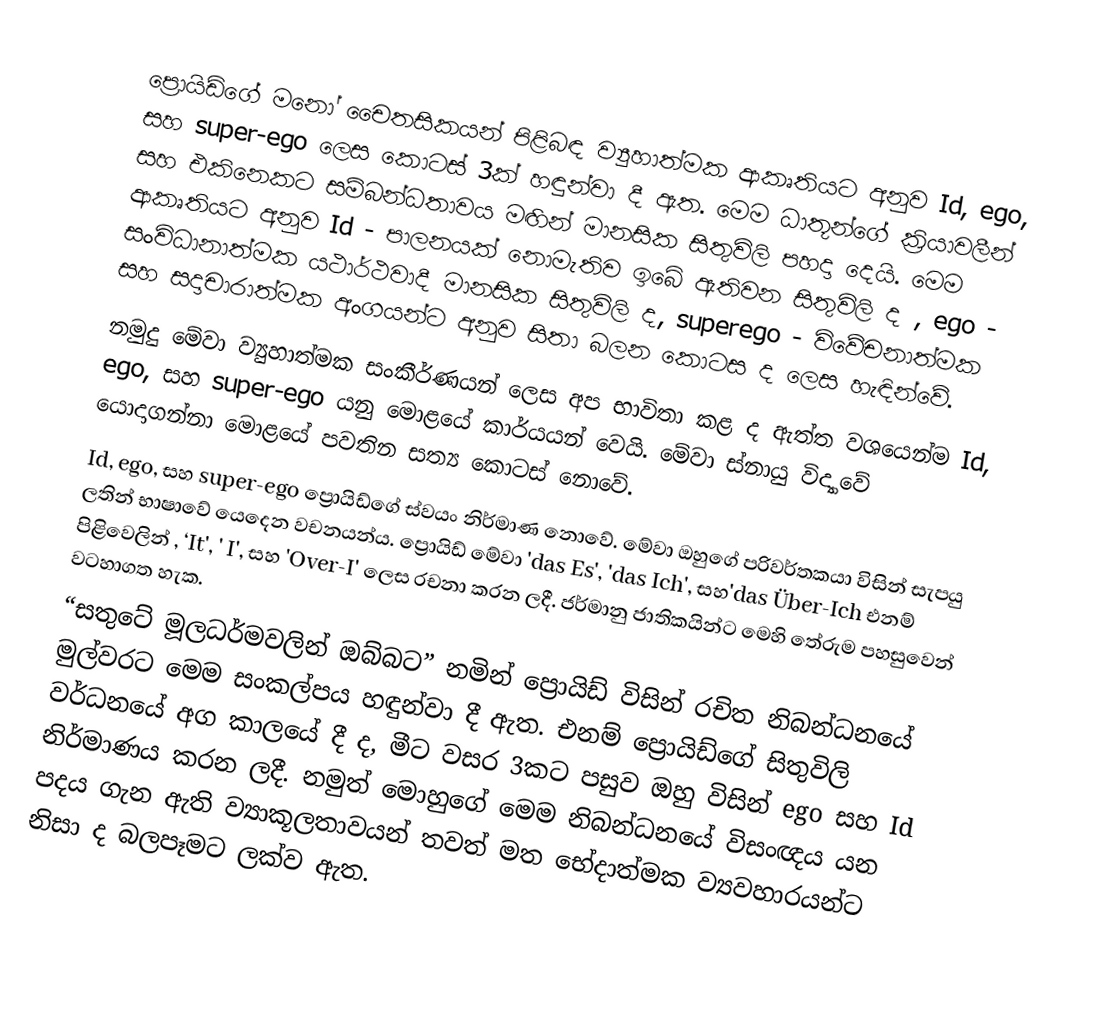
ප්‍රොයිඩ්ගේ මනෝ චෛතසිකයන් පිළිබඳ ව්‍යුහාත්මක ආකෘතියට අනුව Id, ego, සහ super-ego ලෙස කොටස් 3ක් හඳුන්වා දී ඇත. මෙම ධාතූන්ගේ ක්‍රියාවලීන් සහ එකිනෙකට සම්බන්ධතාවය මඟින් මානසික සිතුවිලි පහදා දෙයි. මෙම ආකෘතියට අනුව Id - පාලනයක් නොමැතිව ඉබේ ඇතිවන සිතුවිලි ද , ego - සංවිධානාත්මක යථාර්ථවාදී මානසික සිතුවිලි ද, superego - විවේචනාත්මක  සහ සදාචාරාත්මක අංගයන්ට අනුව සිතා බලන කොටස ද ලෙස හැඳින්වේ.
නමුදු මේවා ව්‍යුහාත්මක සංකීර්ණයන් ලෙස අප භාවිතා කළ ද ඇත්ත වශයෙන්ම Id, ego, සහ super-ego යනු මොළයේ කාර්යයන් වෙයි. මේවා ස්නායු විද්‍යාවේ යොදාගන්නා මොළයේ පවතින සත්‍ය කොටස් නොවේ.
Id, ego, සහ super-ego ප්‍රොයිඩ්ගේ ස්වයං නිර්මාණ නොවේ. මේවා ඔහුගේ පරිවර්තකයා විසින් සැපයු ලතින් භාෂාවේ යෙදෙන වචනයන්ය. ප්‍රොයිඩ් මේවා 'das Es', 'das Ich', සහ'das Über-Ich එනම් පි‍ළිවෙලින් , ‘It', ' I', සහ  'Over-I' ලෙස රචනා කරන ලදී. ජර්මානු ජාතිකයින්ට මෙහි තේරුම පහසුවෙන් වටහාගත හැක.
“සතුටේ මූලධර්මවලින් ඔබ්බට” නමින් ප්‍රොයිඩ් විසින් රචිත නිබන්ධනයේ මුල්වරට මෙම සංකල්පය හඳුන්වා දී ඇත. එනම් ප්‍රොයිඩ්ගේ සිතුවිලි වර්ධනයේ අග කාලයේ දී ද, මීට වසර 3කට පසුව ඔහු විසින් ego සහ Id නිර්මාණය කරන ලදී. නමුත් මොහුගේ මෙම නිබන්ධනයේ  විසංඥය යන පදය ගැන ඇති ව්‍යාකූලතාවයන් තවත් මත භේදාත්මක ව්‍යවහාරයන්ට නිසා ද බලපෑමට ලක්ව ඇත.